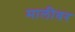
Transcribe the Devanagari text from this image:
मालीवर